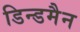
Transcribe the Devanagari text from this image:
डिन्डमैन